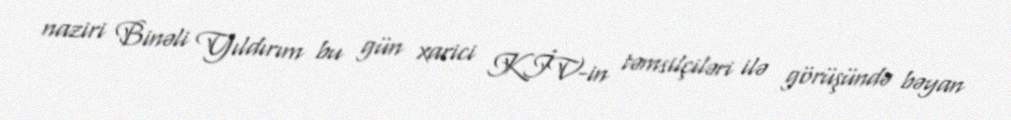
naziri Binəli Yıldırım bu gün xarici KİV-in təmsilçiləri ilə görüşündə bəyan